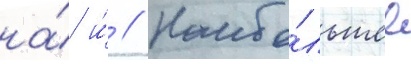
на́ и́ // Наибо́льшее